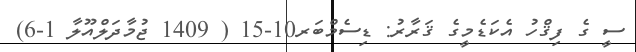
ސީ ގެ ފިޤްހު އެކަޑެމީގެ ޤަރާރު: ޑިސެމްބަރ10-15 ( 1409 ޖުމާދަލްއޫލާ 1-6)